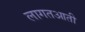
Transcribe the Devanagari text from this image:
लागतआती